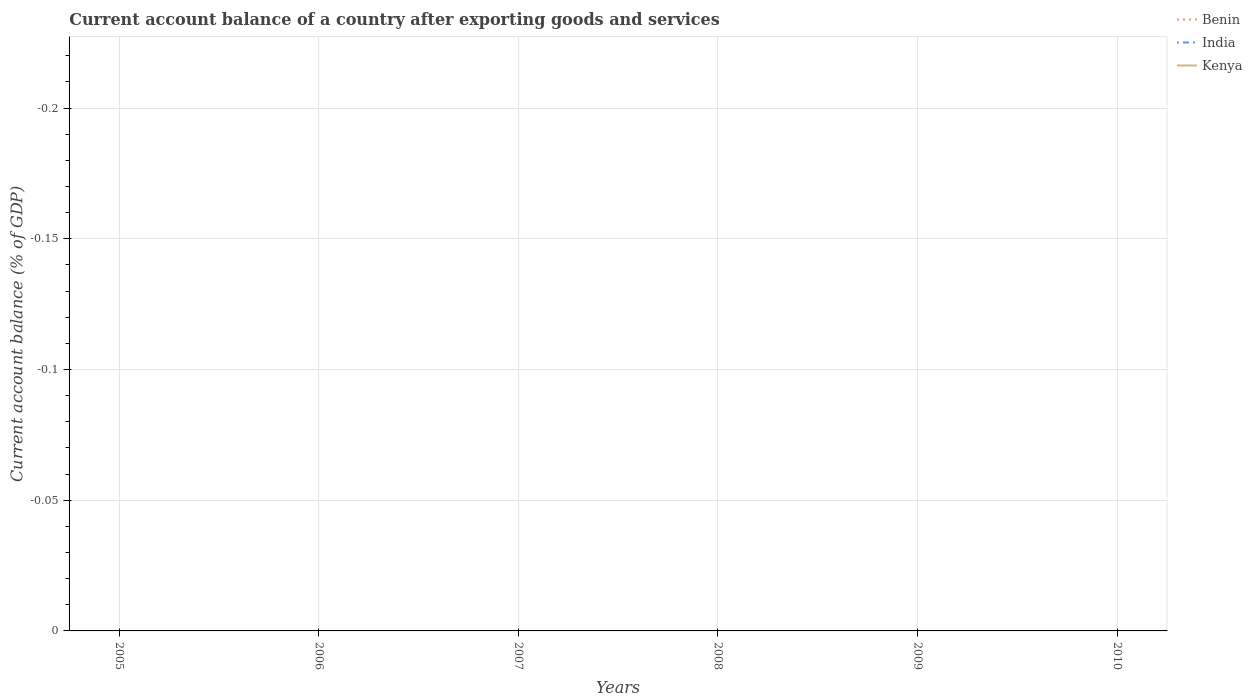
| Years | Benin | India | Kenya |
 | --- | --- | --- | --- |
 | 2005 | -4.71 | -1.23 | -1.35 |
 | 2006 | -4.22 | -0.98 | -1.98 |
 | 2007 | -8.95 | -0.652 | -3.23 |
 | 2008 | -7.51 | -2.53 | -5.52 |
 | 2009 | -9.14 | -1.92 | -4.56 |
 | 2010 | -7.61 | -3.19 | -5.92 |